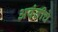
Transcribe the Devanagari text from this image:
अवंतीचे